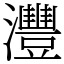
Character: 灃